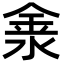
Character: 淾